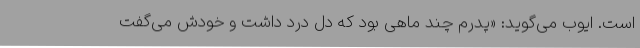
است. ایوب می‌گوید: «پدرم چند ماهی بود که دل درد داشت و خودش می‌گفت